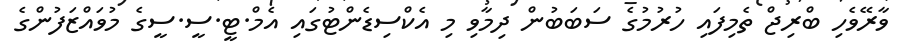
ވާރޭވެހި ބްރިޖް ތެމިފައި ހުރުމުގެ ސަބަބުން ދިމާވި މި އެކްސިޑެންޓުގައި އެމް.ޓީ.ސީ.ސީގެ މުވައްޒަފުންގެ